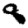
Digit: 8